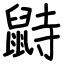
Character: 鼭